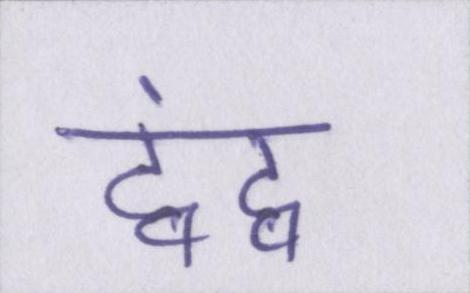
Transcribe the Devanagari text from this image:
द्वंद्व